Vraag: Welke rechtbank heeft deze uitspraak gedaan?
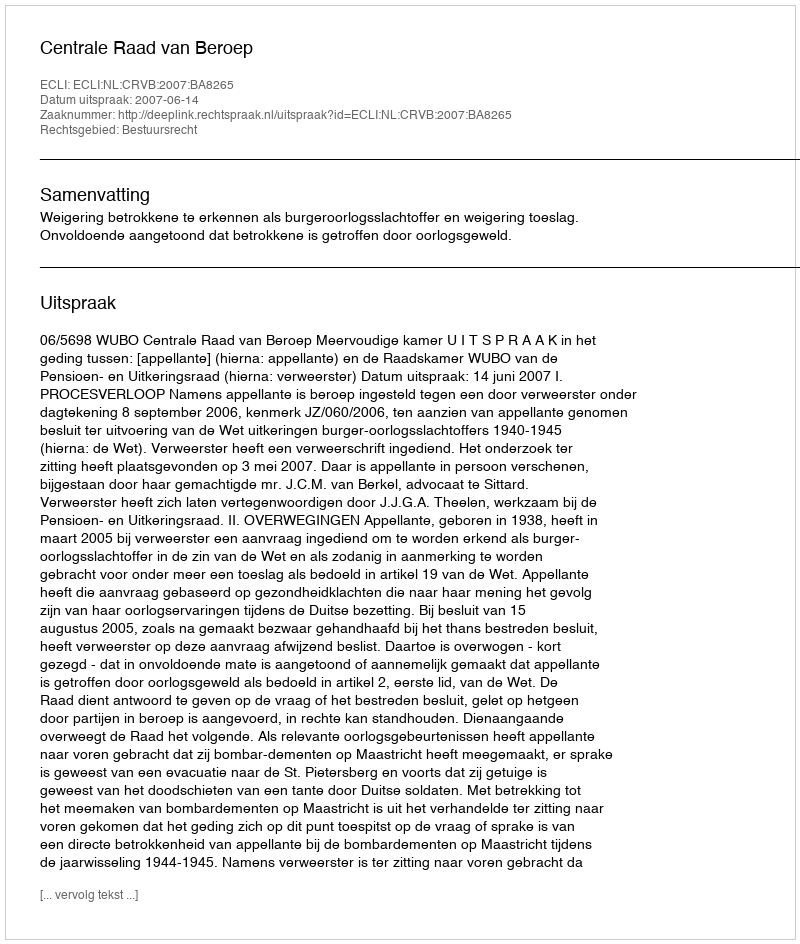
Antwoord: Centrale Raad van Beroep